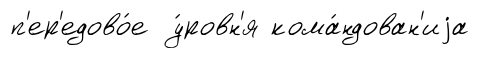
п'ер'едово́е у́ровн'я кома́ндован'иjа